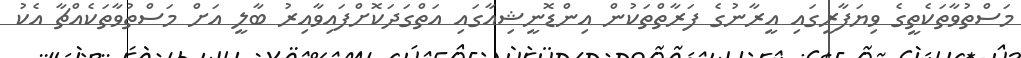
މަސްތުވާތަކެތީގެ ވިޔަފާރީގައި އީރާނުގެ ފަރާތްތަކުން އިންޑޮނީޝިއާގައި އަތްގަދަކޮށްފައިވާއިރު ބާލީ އަށް މަސްތުވާތަކެއްޗާ އެކު